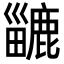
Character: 𪋍